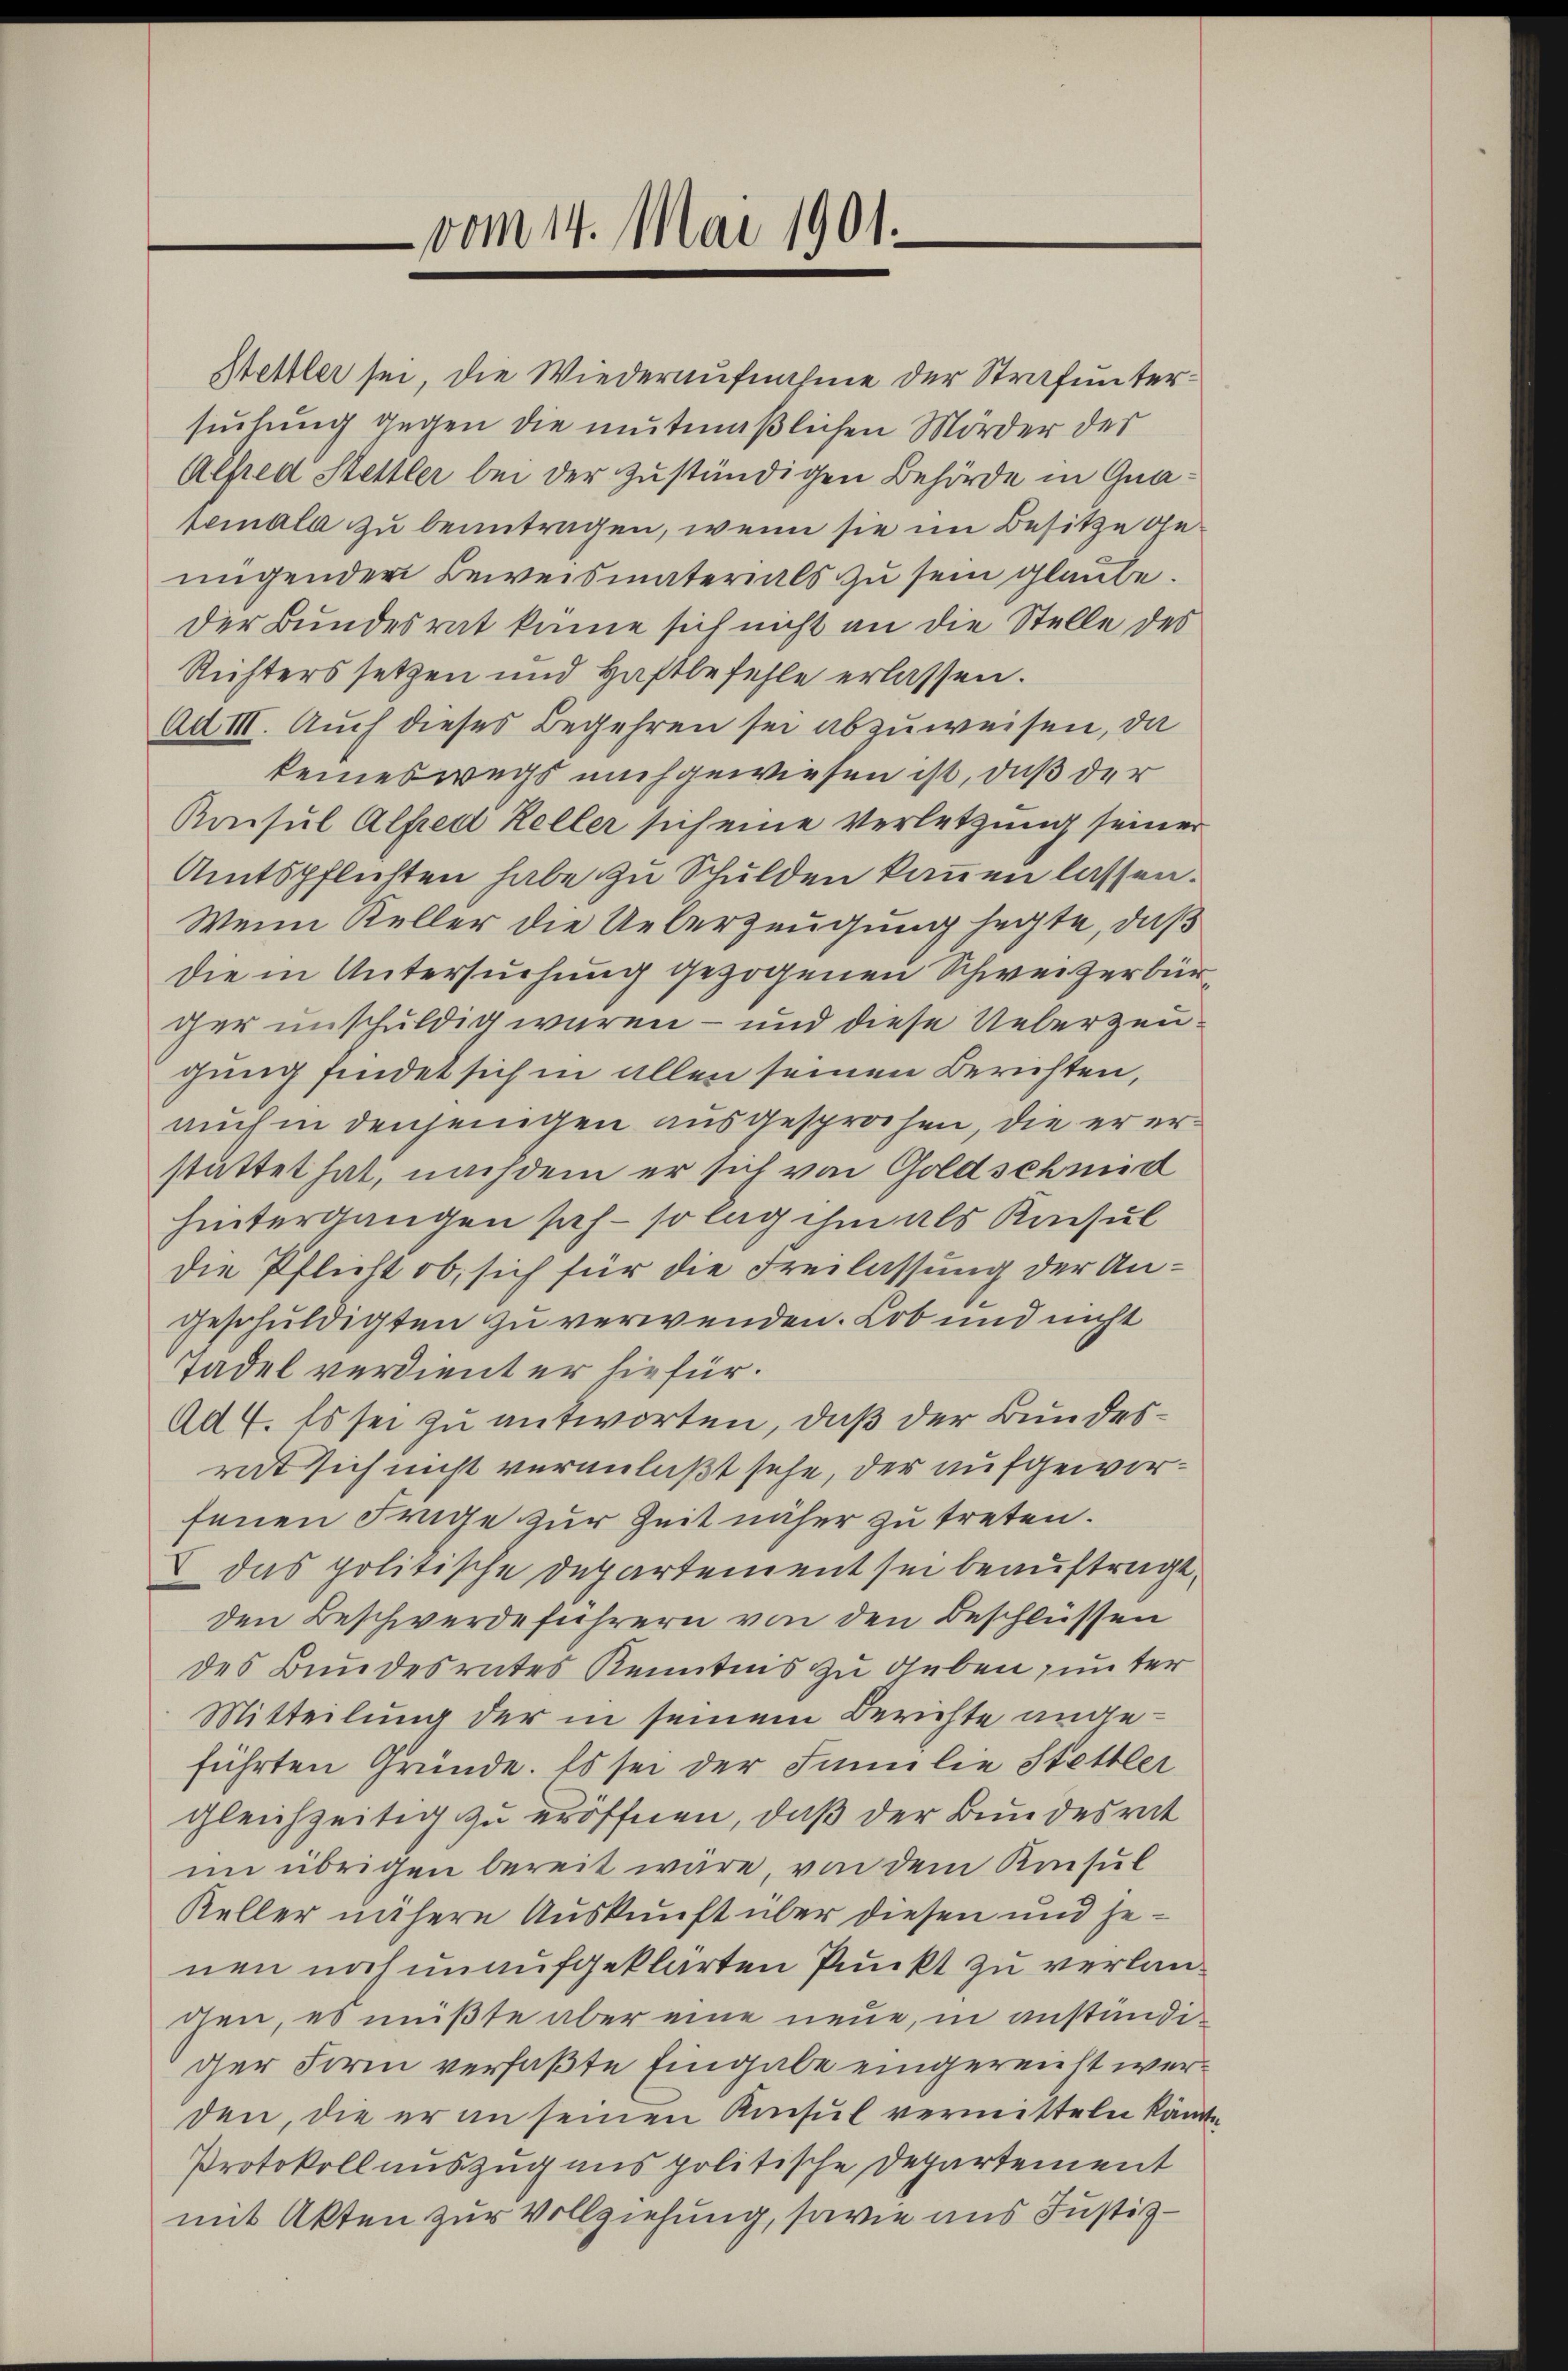
vom 14. Mai 1901.

Stettler sei, die Wiederaufnahme der Strafuntersuchung gegen die mutmaßlichen Mörder der
Alfred Stettler bei der zuständigen Behörde in Gnapemala zu beantragen, wenn sie im Besitze genigender Beweismaterials zu sein glaube.
der Bundesrat könne sich nicht an die Stelle des
Richters setzen und Haftbefehle erlassen.
Ad III. Auch dieses Begehren sei abzuweisen, da
keineswegs nachgewiesen ist, daß der
Konsul Alfred Keller sich eine Verletzung seiner
Amtspflichten habe zu Schulden kamen lassen.
Wenn Keller die Ueberzeugung hegte, daß
die in Untersuchung gezogenen Schweizerbür
ger unschuldig waren – und diese Ueberzeu
gung findet sich in allen seinen Berichten,
auch in denjenigen ausgesprochen, die er erstattet hat, nachdem er sich von Goldschmid
hintergangen sich – so lag ihm als Konsul
die Pflicht ob, sich für die Freilassung der Angeschuldigten zu verwenden. Lob und nicht
Tadel verdient er hiefür.
Ad 4. Es sei zu antworten, daß der Bundesrt sich nicht veranlaßt sehe, der aufgeworfenen Frage zur Zeit näher zu treten.
das politische Departement sei beauftragt,
den Beschwerdeführern von den Beschlüssen
des Bundesrates Kenntnis zu geben, unter
Mitteilung der in seinem Berichte angeführten Gründe. Es sei der Familie Stettler
gleichzeitig zu eröffnen, daß der Bundesrat
im übrigen bereit wäre, von dem Konsul
Keller nähere Auskunft über diesen und jenen noch unaufgeklärten Punkt zu verlanchen, es müßte aber eine neue, in anständider Form verfaßte Eingabe eingereicht werden, die er an seinen Konsul vermitteln kann.
Protokoll auszug aus politische Departement
mit Akten zur Vollziehung, sowie aus Justiz-